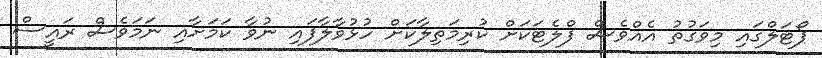
ޕޯޓަލްގައި މިވަގުތު އެއްވެސް ފްލެޓަކަށް ކުރިމަތިލާކަށް ހުޅުވާލާފައި ނުވާ ކަމަށާއި ނަމަވެސް ރައީސް